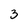
Character: 3